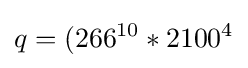
q=(266^{10}*2100^{4}